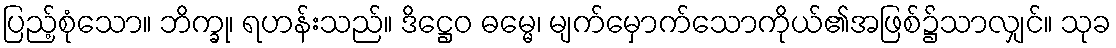
ပြည့်စုံသော။ ဘိက္ခု၊ ရဟန်းသည်။ ဒိဋ္ဌေဝ ဓမ္မေ၊ မျက်မှောက်သောကိုယ်၏အဖြစ်၌သာလျှင်။ သုခ